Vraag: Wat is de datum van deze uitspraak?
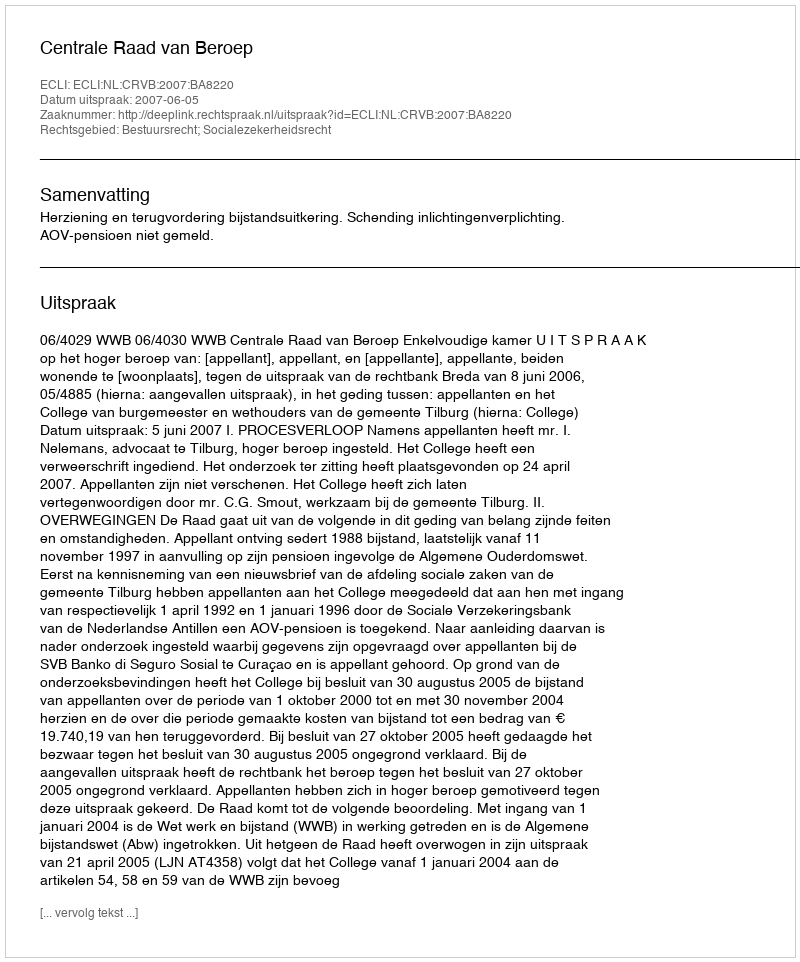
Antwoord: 2007-06-05